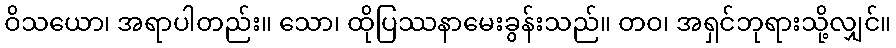
ဝိသယော၊ အရာပါတည်း။ သော၊ ထိုပြဿနာမေးခွန်းသည်။ တဝ၊ အရှင်ဘုရားသို့လျှင်။